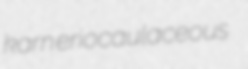
karn eriocaulaceous